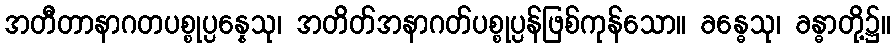
အတီတာနာဂတပစ္စုပ္ပန္နေသု၊ အတိတ်အနာဂတ်ပစ္စုပ္ပန်ဖြစ်ကုန်သော။ ခန္ဓေသု၊ ခန္ဓာတို့၌။